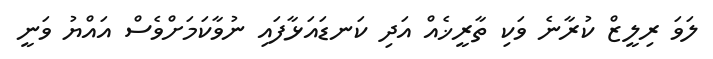
ލަވަ ރިލީޒް ކުރާނެ ވަކި ތާރީޚެއް އަދި ކަނޑައަޅާފައި ނުވާކަމަށްވެސް އައްޔު ވަނީ